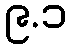
၉.၁